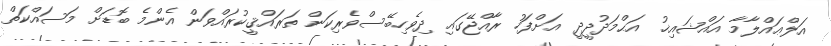
އަލްޢައްލާމާ އައްޝައިޚު އަޙްމަދުދީދީ އަށްފަހު ރާއްޖޭގައި ދިވެހިބޭސްވެރިކަން ތަރައްޤީކުރައްވަން އެންމެ ބޮޑަށް މަސައްކަތް